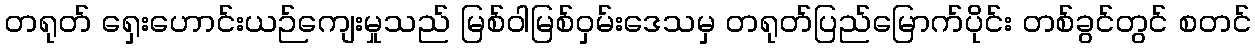
တရုတ် ရှေးဟောင်းယဉ်ကျေးမှုသည် မြစ်ဝါမြစ်ဝှမ်းဒေသမှ တရုတ်ပြည်မြောက်ပိုင်း တစ်ခွင်တွင် စတင်